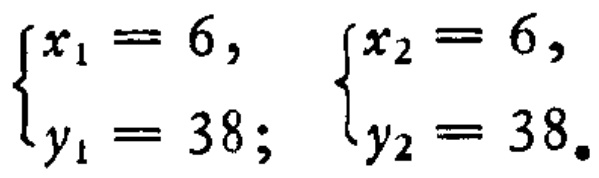
\(\begin{cases}x_{1}=6,\\y_{1}=38;\end{cases}\quad\begin{cases}x_{2}=6,\\y_{2}=38.\end{cases}\)